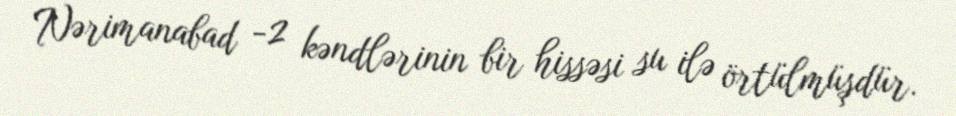
Nərimanabad -2 kəndlərinin bir hissəsi su ilə örtülmüşdür.